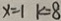
x = 1 k = 8